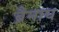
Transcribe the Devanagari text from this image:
ब्रैनाघ